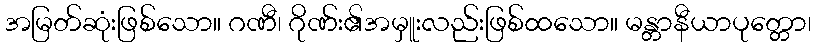
အမြတ်ဆုံးဖြစ်သော။ ဂဏီ၊ ဂိုဏ်း၏အမှူးလည်းဖြစ်ထသော။ မန္တာနီယာပုတ္တော၊